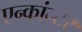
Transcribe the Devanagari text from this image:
एन्कांन्टर